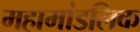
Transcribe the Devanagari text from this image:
महामांडलिक